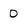
Character: 0